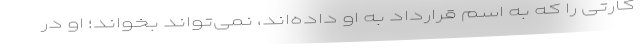
کارتی را که به اسم قرارداد به او داده‌اند، نمی‌تواند بخواند؛ او در